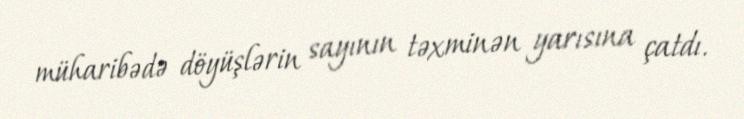
müharibədə döyüşlərin sayının təxminən yarısına çatdı.